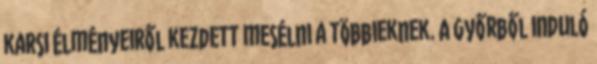
karsi élményeiről kezdett mesélni a többieknek. A Győrből induló